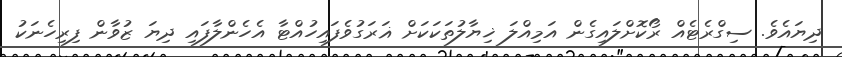
ދިޔައެވެ. ސިގްރެޓެއް ރޯކޮށްލައިގެން އަމިއްލަ ޚިޔާލުތަކަކަށް ޣަރަގުވެފައިހުއްޓާ އެހެންލާފައި ދިޔަ ޒުވާން ފިރިހެނަކު